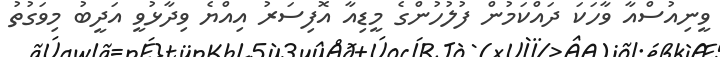
ވީނިއުސްއާ ވާހަކަ ދައްކަމުން ފުލުހުންގެ މީޑިއާ އޮފިސަރު އިއްޔެ ވިދާޅުވީ އަދީބު މިވަގުތު